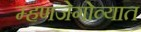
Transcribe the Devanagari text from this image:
म्हणजेगोव्यात